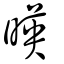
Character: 暎